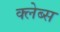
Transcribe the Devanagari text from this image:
क्लेब्स